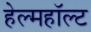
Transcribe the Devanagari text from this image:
हेल्महॉल्ट